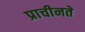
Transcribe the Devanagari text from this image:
प्राचीनते